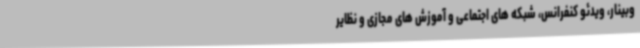
وبینار، ویدئو کنفرانس، شبکه های اجتماعی و آموزش های مجازی و نظایر